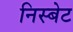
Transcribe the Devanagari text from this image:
निस्बेट